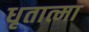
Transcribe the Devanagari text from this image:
धृतात्मा